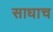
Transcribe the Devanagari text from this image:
साधाच